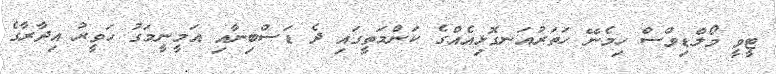
ޓީވީ މޯލްޑިވްސް ހިމެނޭ ހަތަރުއަނގޮޅިއެއްގެ ކަންމަތީގައި ދެ ޑަސްބިނާއި އަމީނީމަގު ހަވީރު އިދާރާގެ